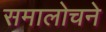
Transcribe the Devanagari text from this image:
समालोचने